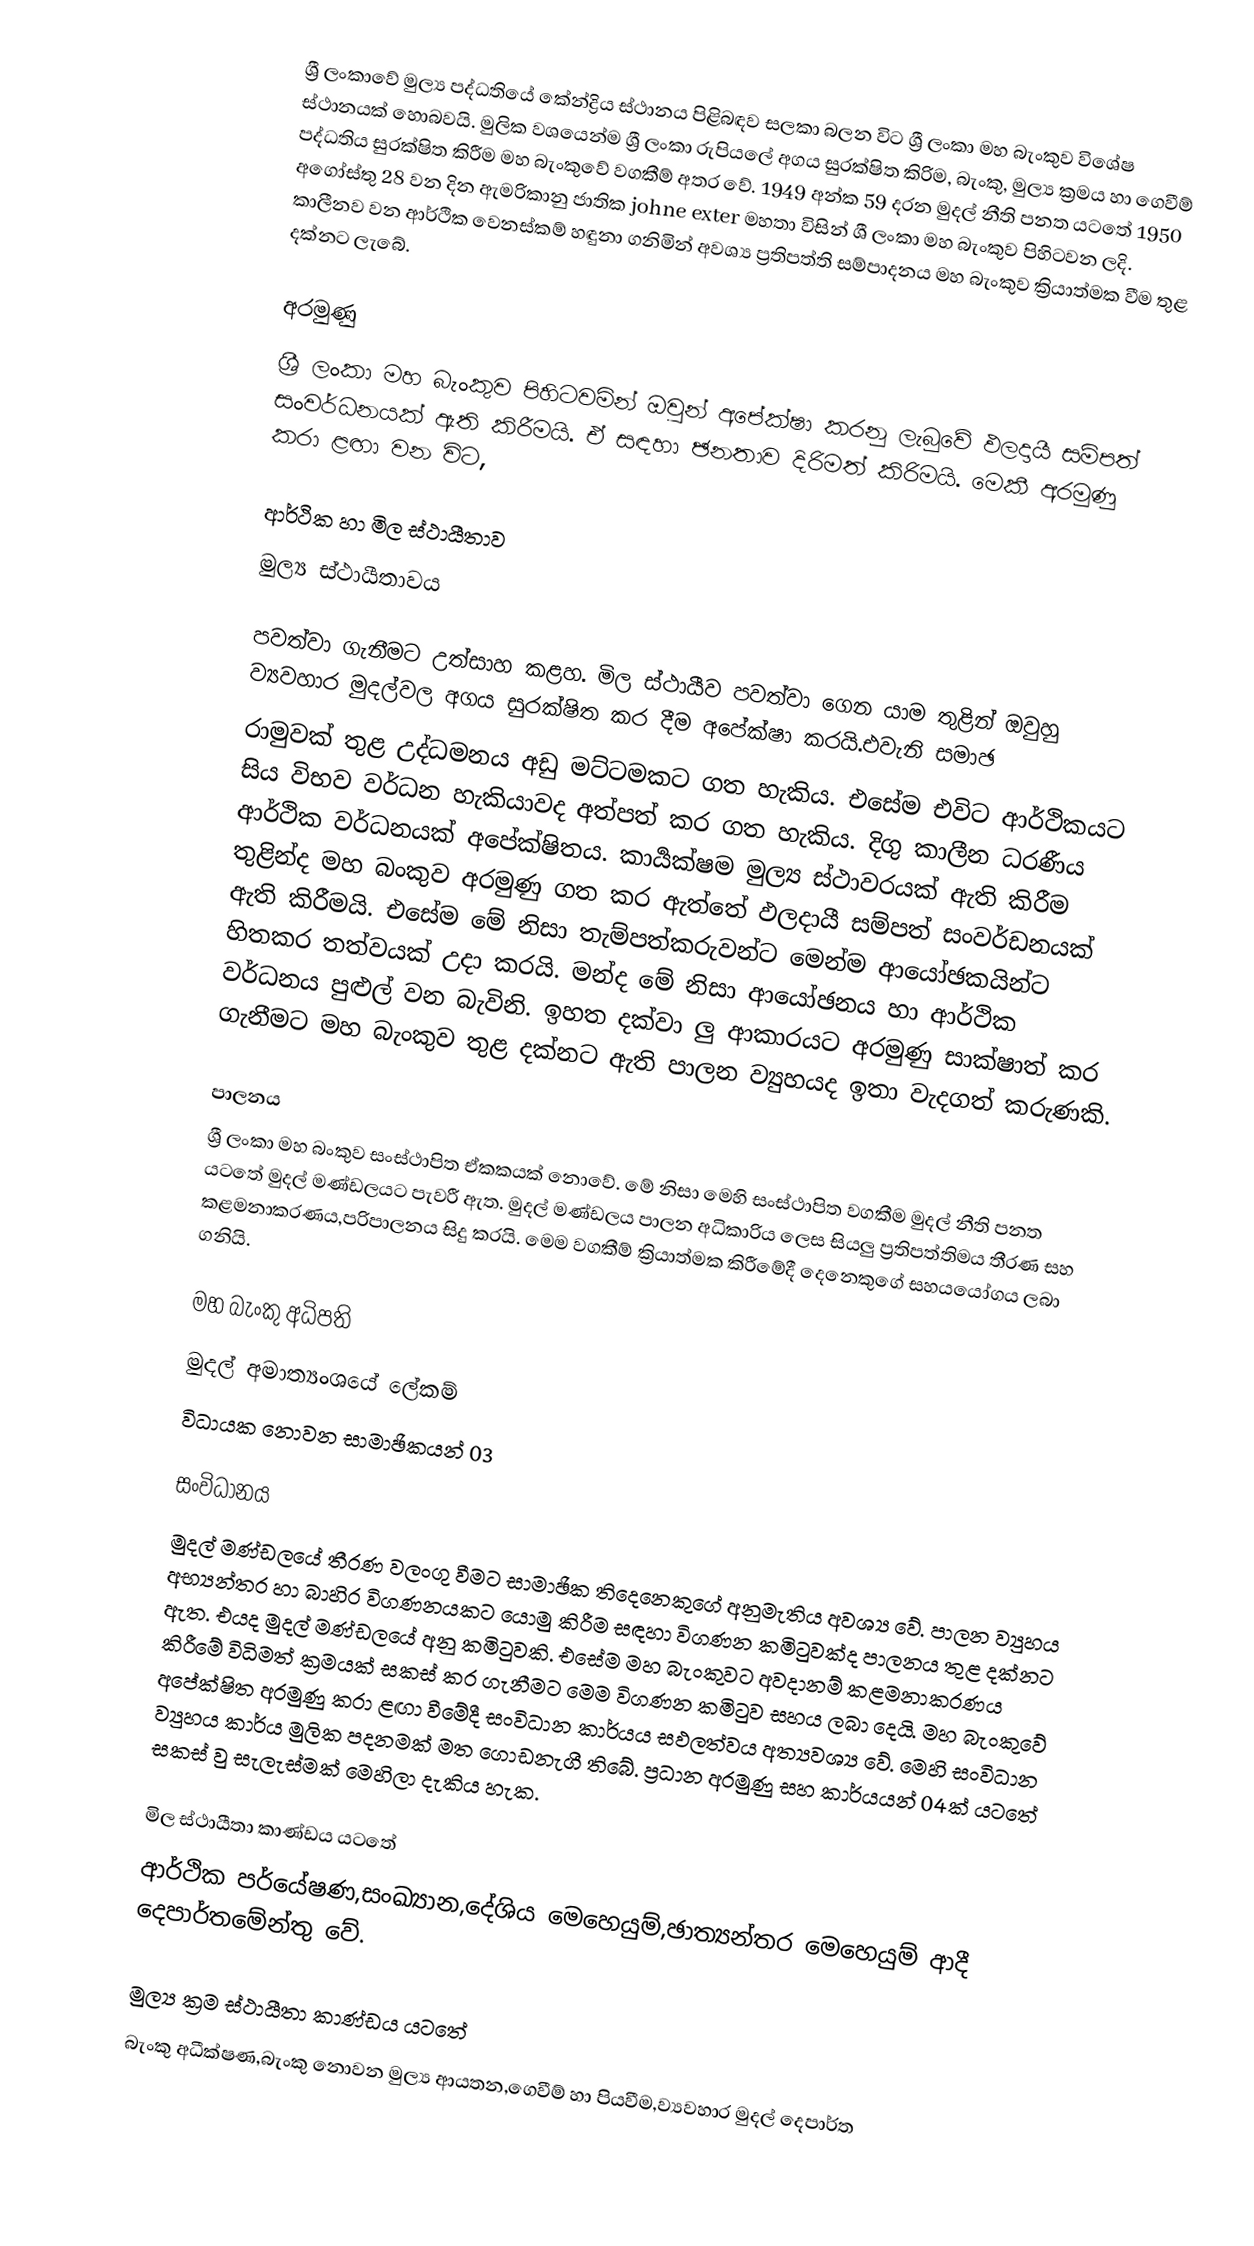
ශ්‍රී ලංකාවේ මුල්‍ය පද්ධතියේ කේන්ද්‍රිය ස්ථානය පිළිබඳව සලකා බලන විට  ශ්‍රී ලංකා මහ බැංකුව ‍වි‍ශේෂ ස්ථානයක් හොබවයි. මුලික වශයෙන්ම ශ්‍රී ලංකා රුපියලේ අගය සුරක්ෂිත කිරිම, බැංකු, මුල්‍ය ක්‍රමය හා ගෙවීම් පද්ධතිය සුරක්ෂිත කිරීම මහ බැංකුවේ වගකීම් අතර වේ. 1949 අන්ක 59 දරන මුදල් නීති පනත යටතේ 1950 අගෝස්තු 28 වන දින ඇමරිකානු ජාතික johne exter මහතා විසින් ශී ලංකා මහ බැංකුව පිහිටවන ලදි. කාලීනව වන ආර්ථික වෙනස්කම් හඳුනා ගනිමින් අවශ්‍ය ප්‍රතිපත්ති සම්පාදනය මහ බැංකුව ක්‍රියාත්මක වීම තුළ දක්නට ලැබේ.

අරමුණු
ශ්‍රී ලංකා මහ බැංකුව පිහිටවමින් ඔවුන් අපේක්ෂා කරනු ලැබුවේ ඵලදායී සම්පත් සංවර්ධනයක් ඇති කිරීමයි.  ඒ සඳහා ඡනතාව දිරිමත් කිරිමයි. මෙකී අරමුණු කරා ළඟා වන විට,

ආර්ථික හා මිල ස්ථායීතාව
මුල්‍ය ස්ථායීතාවය

පවත්වා ගැනීමට උත්සාහ කළහ. මිල ස්ථායීව පවත්වා ගෙන යාම තුළින් ඔවුහු ව්‍යවහාර මුදල්වල අගය සුරක්ෂිත කර දීම අපේක්ෂා කරයි.එවැනි සමාඡ
රාමුවක් තුළ උද්ධමනය අඩු මට්ටමකට ගත හැකිය. එසේම එවිට ආර්ථිකයට සිය විභව වර්ධන හැකියාවද අත්පත් කර ගත හැකිය. දිගු කාලීන ධරණීය ආර්ථික වර්ධනයක් අපේක්ෂිතය. කාර්‍යක්ෂම මුල්‍ය ස්ථාවරයක් ඇති කිරීම තුළින්ද මහ බංකුව අරමුණු ගත කර ඇත්තේ ඵලදායී සම්පත් සංවර්ඩනයක් ඇති කිරීමයි. එසේම මේ නිසා තැම්පත්කරුවන්ට මෙන්ම ආයෝඡකයින්ට හිතකර තත්වයක් උදා කරයි. මන්ද මේ නිසා ආයෝඡනය හා ආර්ථික වර්ධනය පුළුල් වන බැවිනි. ඉහත දක්වා ලු  ආකාරයට අරමුණු සාක්ෂාත් කර ගැනීමට මහ බැංකුව තුළ දක්නට ඇති පාලන ව්‍යුහයද ඉතා වැදගත් කරුණකි.

පාලනය
‍ශ්‍රී ලංකා මහ බංකුව සංස්ථාපිත ඒකකයක් නොවේ. මේ නිසා මෙහි සංස්ථාපිත වගකීම මුදල් නීති පනත යටතේ මුදල් මණ්ඩලයට පැවරී ඇත. මුදල් මණ්ඩලය පාලන අධිකාරිය ලෙස සියලු ප්‍රතිපත්තිමය තීරණ සහ කළමනාකරණය,පරිපාලනය සිදු කරයි. මෙම වගකීම් ක්‍රියාත්මක කිරීමේදී දෙනෙකුගේ සහයයෝගය ලබා ගනියි.

මහ බැංකු අධිපති
මුදල් අමාත්‍යංශයේ ලේකම්
විධායක නොවන සාමාඡිකයන් 03

සංවිධානය
මුදල් මණ්ඩලයේ තීරණ වලංගු වීමට සාමාඡික තිදෙනෙකුගේ අනුමැතිය අවශ්‍ය වේ. පාලන ව්‍යුහය අභ්‍යන්තර හා බාහිර විගණනයකට යොමු කිරීම සඳහා විගණන කමිටුවක්ද පාලනය තුළ දක්නට ඇත. එයද මුදල් මණ්ඩලයේ අනු කමිටුවකි. එසේම මහ බැංකුවට අවදානම් කළමනාකරණය කිරීමේ විධිමත් ක්‍රමයක් සකස් කර ගැනීමට මෙම විගණන කමිටුව සහය ලබා දෙයි. මහ බැංකුවේ අපේක්ෂිත අරමුණු කරා ළඟා වීමේදී සංවිධාන කාර්යය සඵලත්වය අත්‍යවශ්‍ය වේ. මෙහි සංවිධාන ව්‍යුහය කාර්ය මුලික පදනමක් මත ගොඩනැගී ති‍බේ. ප්‍රධාන අරමුණු සහ කාර්යයන් 04ක් යටතේ සකස් වු සැලැස්මක් මෙහිලා දැකිය හැක.

මිල ස්ථායීතා කාණ්ඩය යටතේ
ආර්ථික පර්යේෂණ,සංඛ්‍යාන,දේශිය මෙහෙයුම්,ඡාත්‍යන්තර මෙහෙයුම් ආදී  දෙපාර්තමේන්තු වේ.

මුල්‍ය ක්‍රම ස්ථායීතා කාණ්ඩය ය‍ටතේ
බැංකු අධීක්ෂණ,බැංකු නොවන මුල්‍ය ආයතන,ගෙවීම් හා පියවීම,ව්‍යවහාර මුදල් දෙපාර්ත